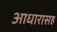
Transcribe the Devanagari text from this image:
आधारासह